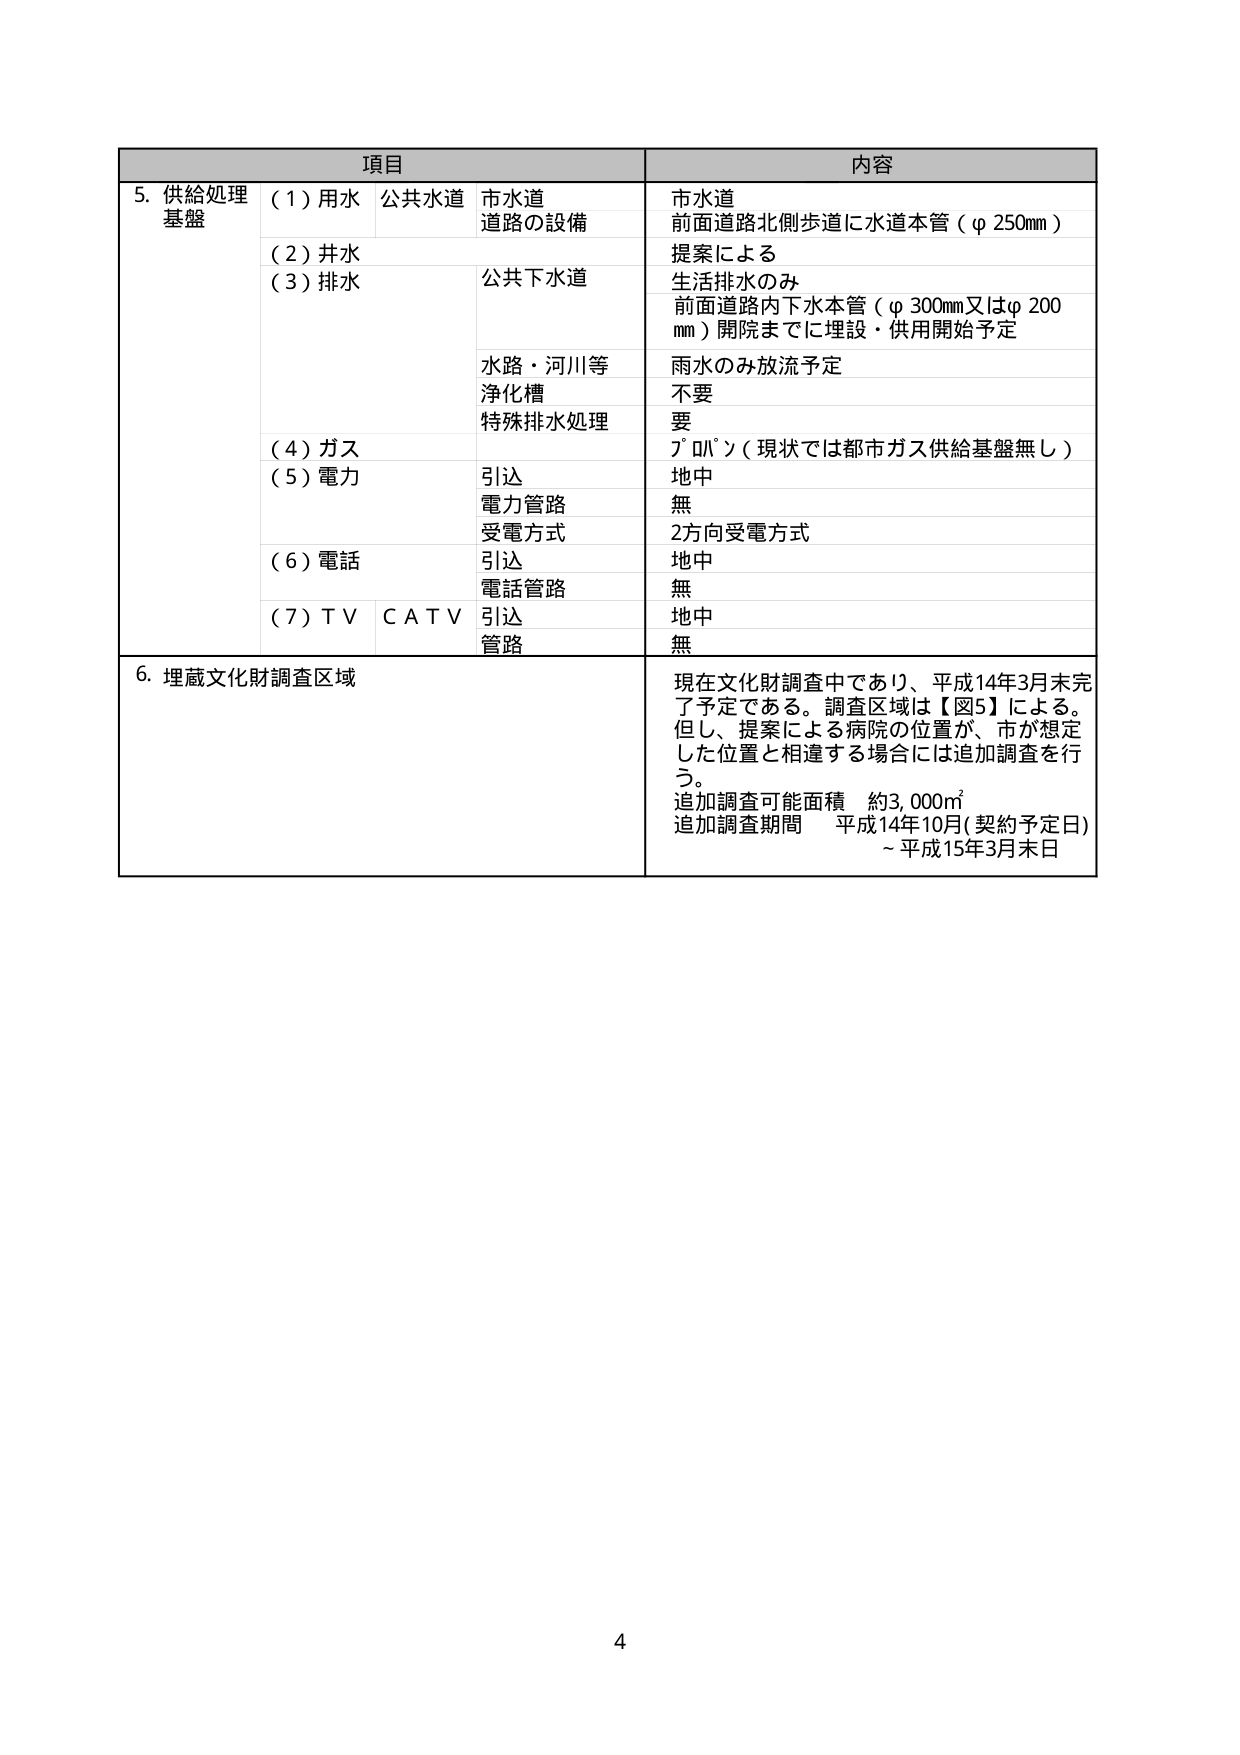
項目 内容
5. 供給処理 基盤
（1）用水 公共水道 市水道 道路の設備
（2）井水
（3）排水 公共下水道
水路・河川等
浄化槽
特殊排水処理
（4）ガス
（5）電力 引込
電力管路
受電方式
（6）電話 引込
電話管路
（7）ＴＶ ＣＡＴＶ 引込
管路
市水道
前面道路北側歩道に水道本管（φ250mm）
提案による
生活排水のみ
前面道路内下水本管（φ300mm又はφ200
mm）開院までに埋設・供用開始予定
雨水のみ放流予定
不要
要
ﾌﾟﾛﾊﾟﾝ（現状では都市ガス供給基盤無し）
地中
無
2方向受電方式
地中
無
地中
無
6. 埋蔵文化財調査区域
現在文化財調査中であり、平成14年3月末完
了予定である。調査区域は【図5】による。
但し、提案による病院の位置が、市が想定
した位置と相違する場合には追加調査を行
う。
追加調査可能面積 約3,000㎡
追加調査期間 平成14年10月(契約予定日)
～平成15年3月末日
4